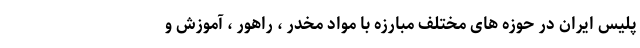
پلیس ایران در حوزه های مختلف مبارزه با مواد مخدر ، راهور ، آموزش و